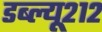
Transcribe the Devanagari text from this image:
डब्ल्यू२१२